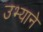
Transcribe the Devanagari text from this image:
उभ्याने